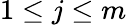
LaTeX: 1\leq j\leq m